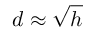
d \approx { \sqrt { h } }